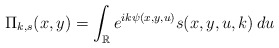
\begin{align*}\Pi_{k,s}(x,y)=\int_{\mathbb R}e^{ik\psi(x,y,u)}s(x,y,u,k)\,du\end{align*}